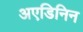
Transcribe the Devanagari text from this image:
अएडिनिन